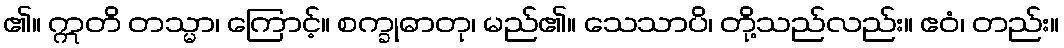
၏။ ဣတိ တသ္မာ၊ ကြောင့်။ စက္ခုဓာတု၊ မည်၏။ သေသာပိ၊ တို့သည်လည်း။ ဧဝံ၊ တည်း။